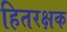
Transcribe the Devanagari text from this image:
हितरक्षक